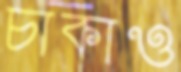
চাকাও